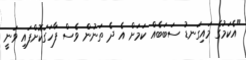
"އެކަމުގެ މައިގަނޑު ސަބަބެއް ކަމަށް އެ ދެ ތަނުން ވެސް ފާހަގަކޮށްފައި ވަނީ